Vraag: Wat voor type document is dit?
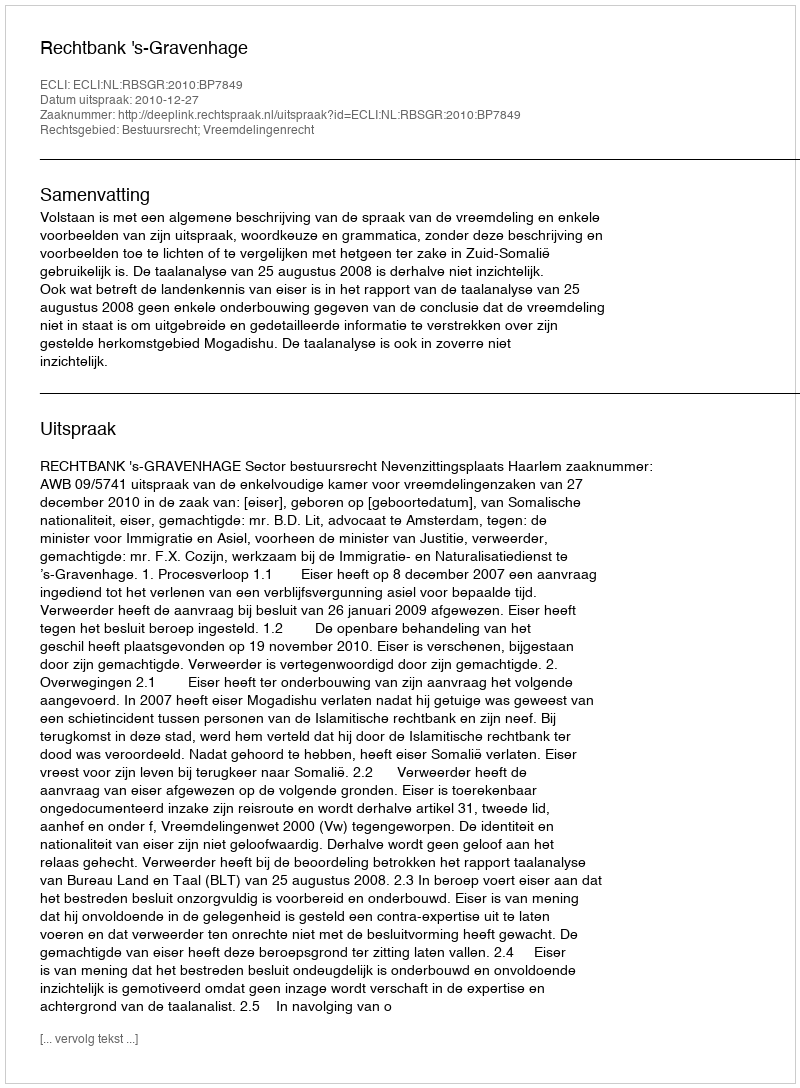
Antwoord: Uitspraak